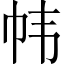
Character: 帏